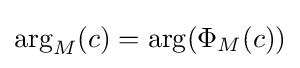
\arg _{M}(c)=\arg(\Phi _{M}(c))